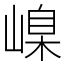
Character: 嵲